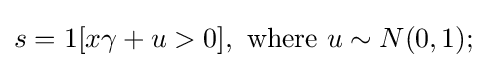
s=1[x\gamma +u>0],{\text{ where }}u\sim N(0,1);